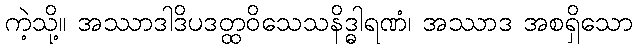
ကဲ့သို့။ အဿာဒါဒိပဒတ္ထဝိသေသနိဒ္ဓါရဏံ၊ အဿာဒ အစရှိသော